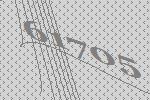
61705